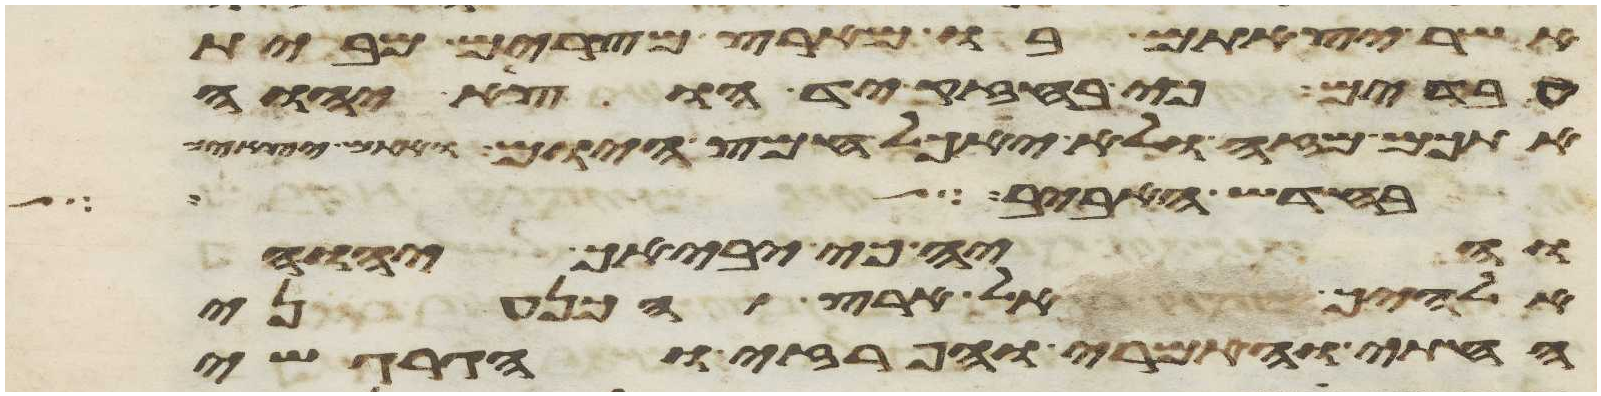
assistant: אשר יצאתם בו מארץ מצרים מבית
עבדים כי בחזק יד הוציא יהוה
אתכם מזה ולא יאכל חמץ היום ואתם יוצאים
בחדש האביב
והיה כי יביאך יהוה
אלהיך אל ארץ הכנעני
החתי והאמרי והפרזי והגרגשי